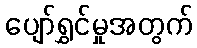
ပျော်ရွှင်မှုအတွက်